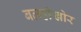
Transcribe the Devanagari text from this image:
बलहीखोर